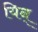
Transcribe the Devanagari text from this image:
यिन्